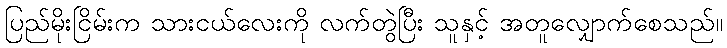
ပြည်မိုးငြိမ်းက သားငယ်လေးကို လက်တွဲပြီး သူနှင့် အတူလျှောက်စေသည်။